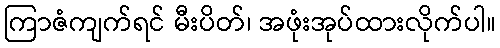
ကြာဇံကျက်ရင် မီးပိတ်၊ အဖုံးအုပ်ထားလိုက်ပါ။